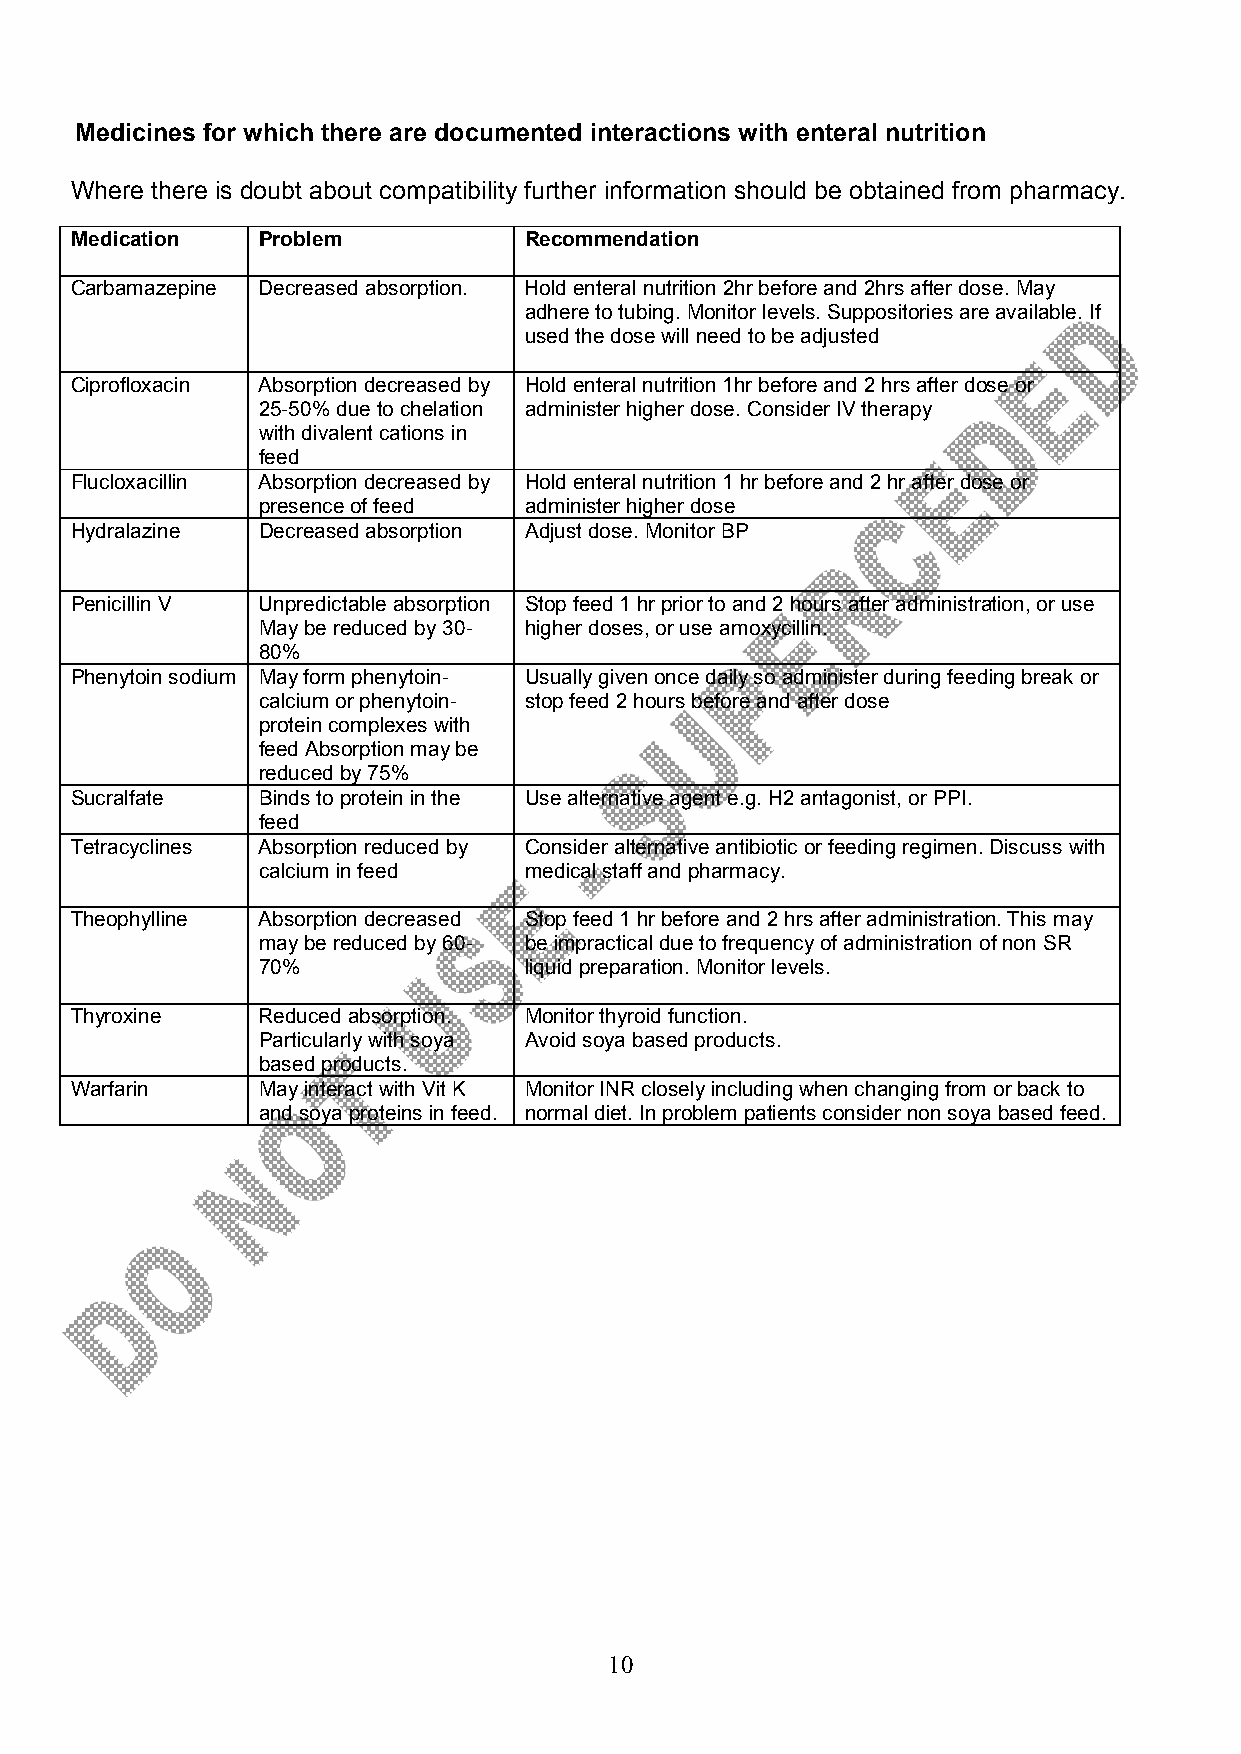
Medicines for which there are documented interactions with enteral nutrition
 Where there is doubt about compatibility further information should be obtained from pharmacy.
 Medication  Problem           Recommendation
 Carbamazepine Decreased absorption. Hold enteral nutrition 2hr before and 2hrs after dose. May
 adhere to tubing. Monitor levels. Suppositories are available. If
 used the dose will need to be adjusted
 Ciprofloxacin Absorption decreased by Hold enteral nutrition 1hr before and 2 hrs after dose or
 25-50% due to chelation administer higher dose. Consider IV therapy
 with divalent cations in
 feed
 Flucloxacillin Absorption decreased by Hold enteral nutrition 1 hr before and 2 hr after dose or
 presence of feed  administer higher dose
 Hydralazine Decreased absorption Adjust dose. Monitor BP
 Penicillin V Unpredictable absorption Stop feed 1 hr prior to and 2 hours after administration, or use
 May be reduced by 30- higher doses, or use amoxycillin.
 80%
 Phenytoin sodium May form phenytoin- Usually given once daily so administer during feeding break or
 calcium or phenytoin- stop feed 2 hours before and after dose
 protein complexes with
 feed Absorption may be
 reduced by 75%
 Sucralfate  Binds to protein in the Use alternative agent e.g. H2 antagonist, or PPI.
 feed
 Tetracyclines Absorption reduced by Consider alternative antibiotic or feeding regimen. Discuss with
 calcium in feed   medical staff and pharmacy.
 Theophylline Absorption decreased Stop feed 1 hr before and 2 hrs after administration. This may
 may be reduced by 60- be impractical due to frequency of administration of non SR
 70%               liquid preparation. Monitor levels.
 Thyroxine   Reduced absorption. Monitor thyroid function.
 Particularly with soya Avoid soya based products.
 based products.
 Warfarin    May interact with Vit K Monitor INR closely including when changing from or back to
 and soya proteins in feed. normal diet. In problem patients consider non soya based feed.
 10